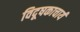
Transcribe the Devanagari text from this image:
विदूषकाचार्य